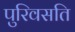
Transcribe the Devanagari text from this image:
पुरिवसति